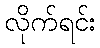
လိုက်ရင်း